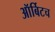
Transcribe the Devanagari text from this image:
ऑर्बिटच